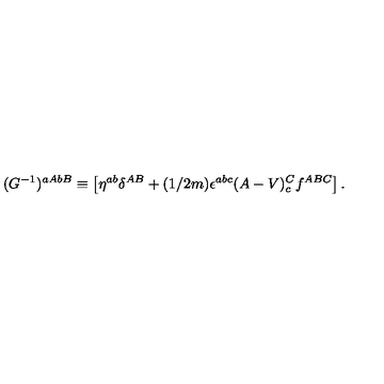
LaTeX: ( G ^ { - 1 } ) ^ { a A b B } \equiv \left[ \eta ^ { a b } \delta ^ { A B } + ( 1 / 2 m ) \epsilon ^ { a b c } ( A - V ) _ { c } ^ { C } f ^ { A B C } \right] .